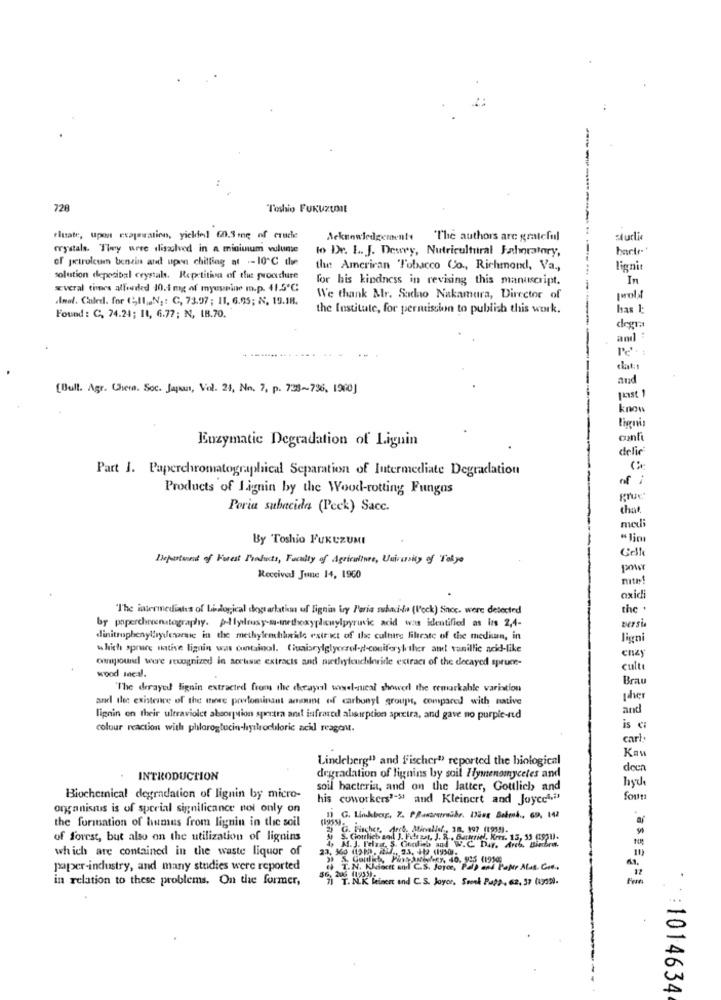
728
Toshio FUKUZUME
riuate, upon exaparation, yicked 60.3 mg of crucie
Acknowledgement. "The authors are grateful
sturli
crystals. They were dliszolved in a miniuium vulume
to Dr. L. J. Dewey, Nutricultural Jahoratory,
barir-
of petroleum benzin and upon chilling at -10℃ de
the American Tobacco Co ., Richmond, Va .,
lignit
solution deposital crystals. Repetitiva of the procedure
for his kindness in revising this manuscript.
In
sveral tines alferdled 10.1 mg of myeseine m.p. 41.5º℃
Inol. Caled. for (5,11, N, : C, 73.97 ; 11, 6.95; N. 19.18.
We thank Mr. Sadao Nakamura, Director of
[wolA
the Institute, for permission to publish this work.
has 1
Found : C. 74.24; 11, 6.77; N, 18.70.
degra
amÌ
Pe'·i
and
[Bull. Agr. Chema. Soc. Japan, Vol. 24, No. 7. p. 738~736, 1900]
fast 1
know
lignis
Enzymatic Degradation of Lignin
comnli
delic
Part I. Paperchromatographical Separation of Intermediate Degradation
-
Products of Lignin by the Wood-rotting Fungos
grue
Poria subacida (Peck) Sacc.
that
medi
By Toshio FUKUZUMI
"Jim
Department of Forest Products, Faculty of Agriculture, University of Tokyo
pour
Received June 14, 1960
mite!
oxidi
"The intermediates of Lidogical degsarlation uf lignin try Paria subacilo (lock) Since. were detected
the .
by paperchevenatography. pl lylrusy-m-inethoxyphenylpyruvic acid was identified as les 2,4-
bersi
dinitrophenylrydesarsie in the methylentilride estr ict of tlc cultirg filtrate of the medium, in
ligni
which spruce native lignin was containol. Chiacylglycerol-d-coniferylether and vanillic acid-like
enzy
omnipound were recognized in sortsie extracts and nutleyleuchleride extract of the decayed spruce-
cult
wood meal.
Brau
"The derayed lignin extracted from the deraysl wwwel-nical showed the remarkable variation
and the existence of the tree prestominant amount of carbonyl groups, compared with native
and
lignin on their ultraviolet absorption sportra ant infrared alarption spectra, and gave no purple-red
colour reaction with phlorogtocin-hylrochloric acid reagent.
is c:
carl:
Kau
Lindeberg" and fischer" reported the biological
deen
INTRODUCTION
degradation of lignins by soil Hymenomycetes and
soil bacteria, and on the latter, Goulich and
hyd
Biochemical degradation of lignin by micro-
his coworkers'-" and Kleinert and Joyce& ..
four
onganisaus is of sperial significance noi only on
the formation of humus from lignin in the soil
of forest, but also on the utilization of lignins
J. Fier zut. J.R. Derariel. Kres. 15, 33 (1931).
which are contained in the waste liquor of
11)
paper-industry, and many studies were reported
( T. N. Noiatt ant C.S. Joyce, Pulp and Paper Alus. C.s.
in relation to these problems. On the former,
7 . IK feinen and C.S. Joyor, Seonk Papa, 62, 37 (us).
: 1014634